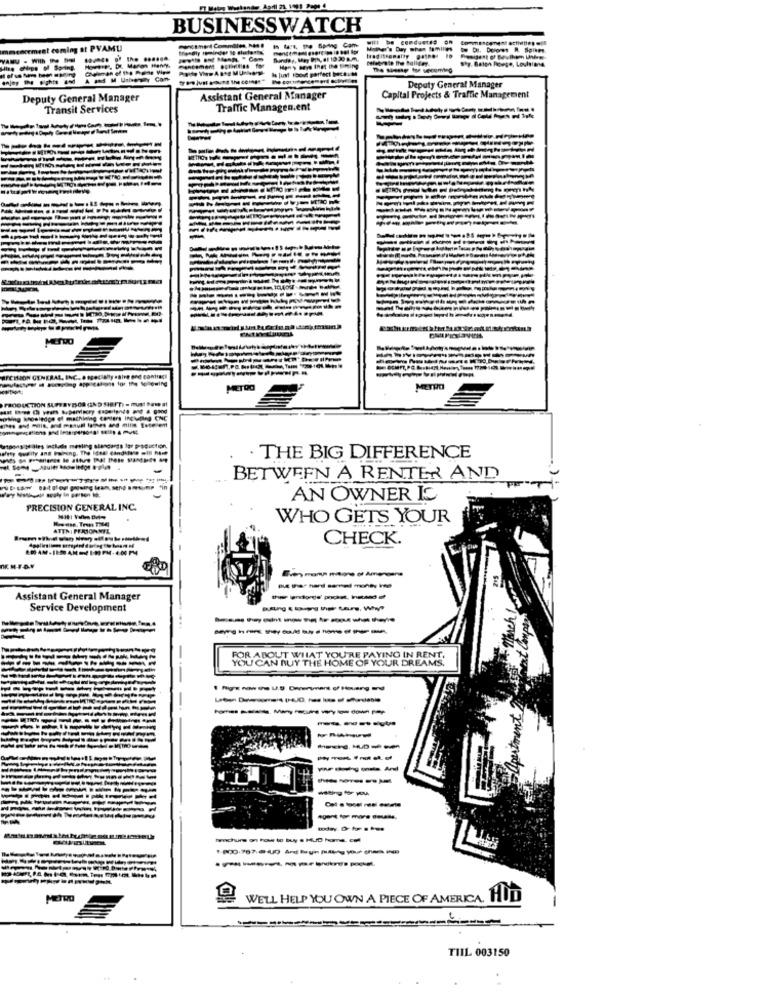
BUSINESSWATCH
will be condustes on
hencement coming at PVAMU
fre-@ly spminder to slutert
VANU . With RO
----
-----
Sty. Baton Bevege, Louisiana
Hing clips of Soring.
la just 150i perfect bech
Deputy General Manager
Deputy General Manager
Assistant General Manager
Capital Projects & Traffic Management
Transit Services
Traffic Managen.ent
-----
----
--
--
----
ENERAL, INC.
for the following
METDO
METHO
CTION SLOTRY DSOR (AND SHEFT)
sledge ef machining centers INEMAng CNC
S/3alles inchade mesting slangargs lor production,
. THE BIG DIFFERENCE
BETWEEN A RENTER AND
AN OWNER IC
PRECISION GENERAL INC.
WHO GETS YOUR
ATTN: PERSONNEL
CHECK.
Assistant General Manager
-----
Service Development
---------
-----------
-
YOU CAN MUY THE HOME OF YOUR DREAMS.
PAYING IN RENT.
--------
-----
-
---
----
-
--- -
----
------
----
hmchure on how to buy s HUD home. cull
METRO
WELL HELP YOU OWN A PIECE OF AMERICA. HUD
TIIL 003150